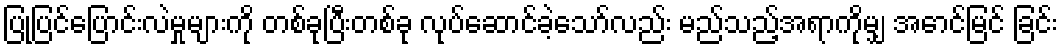
ပြုပြင်ပြောင်းလဲမှုများကို တစ်ခုပြီးတစ်ခု လုပ်ဆောင်ခဲ့သော်လည်း မည်သည့်အရာကိုမျှ အောင်မြင် ခြင်း